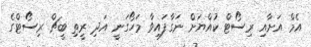
އެމް އަށާއި ރިސޯޓް ކުއްޔަށް ނަގާފައިވާ މަހޯގަނީ އަދި ރީތި ބީޗް ރިސޯޓްގެ